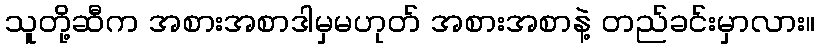
သူတို့ဆီက အစားအစာဒါမှမဟုတ် အစားအစာနဲ့ တည်ခင်းမှာလား။